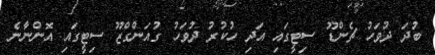
ބުދަ ދުވަހު ޗެންޑޫ ސިޓީގައި އަދި ހުކުރު ދުވަހު ގުއަންގްޒޫ ސިޓީގައި އޮންނާނެ